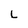
Character: L